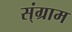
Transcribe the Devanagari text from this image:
स्ंग्राम